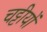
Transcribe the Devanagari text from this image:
चट्टीयों